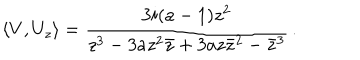
LaTeX: \langle V , U _ { z } \rangle = \frac { 3 i ( a - 1 ) z ^ { 2 } } { z ^ { 3 } - 3 a z ^ { 2 } { \bar { z } } + 3 a z { \bar { z } } ^ { 2 } - { \bar { z } } ^ { 3 } } \, .